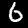
Label: 6